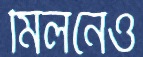
মিলনেও